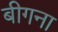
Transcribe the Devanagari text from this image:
बीगना